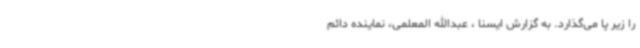
را زیر پا می‌گذارد. به گزارش ایسنا ، عبدالله المعلمی، نماینده دائم